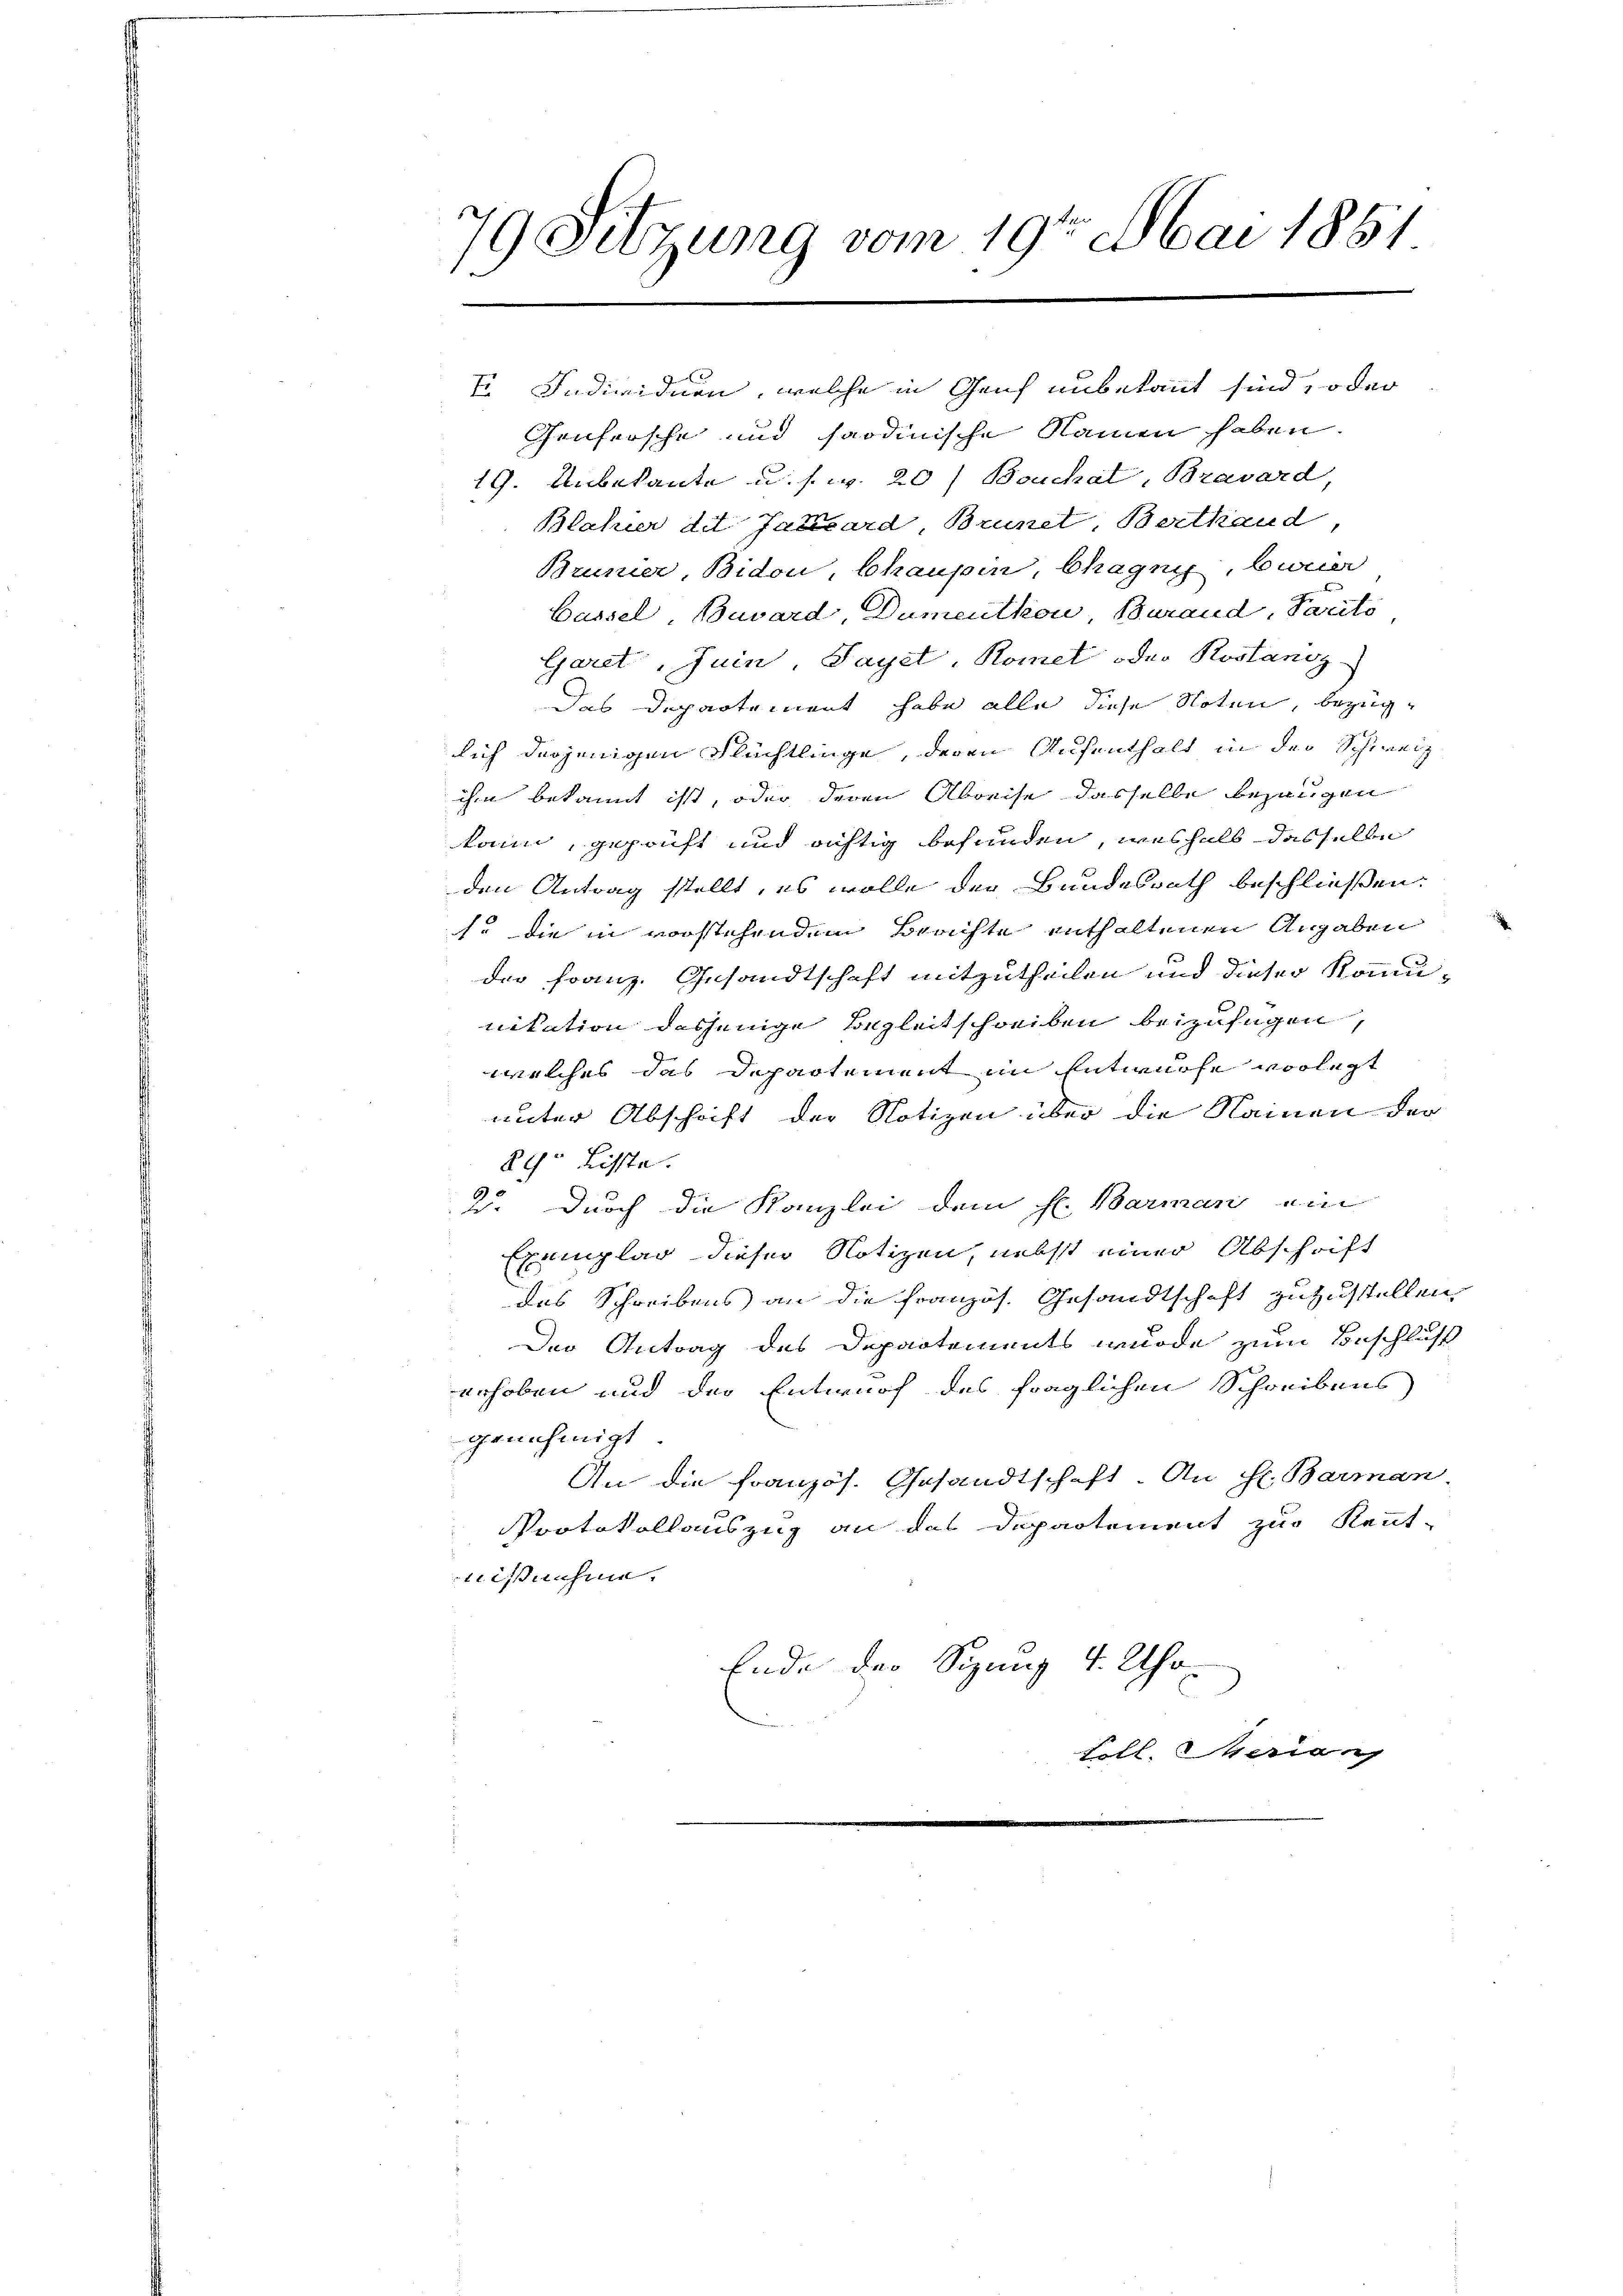
79 Sitzung vom 19ten Mai 1851
C

.
In Individuen, welche in Genf unbekannt sind, oder
Genfersche und saodinische Namen haben.
1. Unbekante u. s. w. 20) Bouchat, Bravard,
Blahier die Janisard Brunet, Berthaud
Brunier, Bidon, behaupin, Chagnie, bemer
Bassel, Bavard, Dumentkon, Burand, Parits
Garet, Juin, Payet, Komet oder Rostanz-
Das Departement habe alle diese Noten, bezüglich derjenigen Flüchtlinge, deren Aufenthalt in der Schweiz
ihm bekannt ist, oder deren Abreise dasselbe bezaugen
kann, geprüft und richtig befunden, weshalb dasselbe
den Antrag stellt, es wolle der Bundesrath beschließen:
s. die in vorstehendem Brachte enthaltenen Angaben
der Franz. Gesandtschaft mitzutheilen und dieser Kommunikation desjenige Begleitschreiben beizufügen,
welches das Departement in Entwurfe vorlegt
unter Abschrift der Notizen über die Nainen der
2ch. Lisste.
2. Durch die Kanzlei dem H. Barman ein
Exemplar dieser Notizen, nebst einer Abschrift
das Schreibens an die französ. Gesandtschaft zuzustellen.
Der Antrag des Departements wurde zum Beschluß
erhoben und der Entwurf des fraglichen Schreibens
genehmigt.
An die französ. Gesandtschaft. An Hr. Barman.
Protokollauszug an das Departement zur Kennt-
nißnahme.
Ende der Sizung 4. Thor
e
Foll. Meriang